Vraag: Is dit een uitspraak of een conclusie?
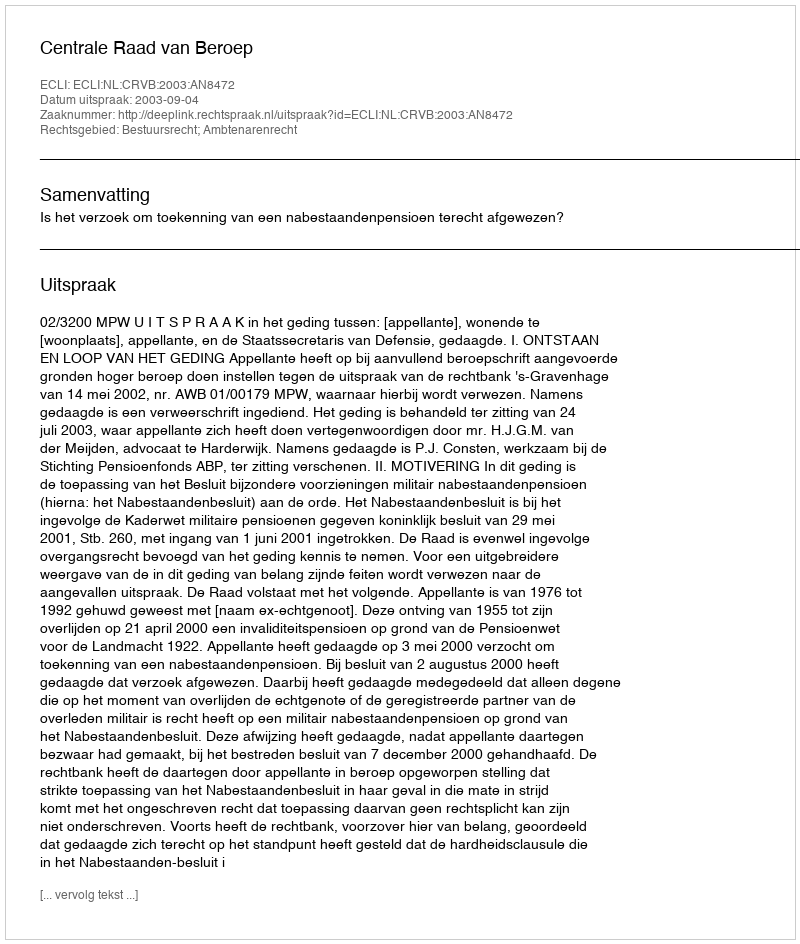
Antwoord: Uitspraak